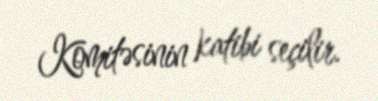
Komitəsinin katibi seçilir.